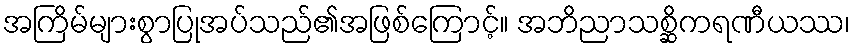
အကြိမ်များစွာပြုအပ်သည်၏အဖြစ်ကြောင့်။ အဘိညာသစ္ဆိကရဏီယဿ၊